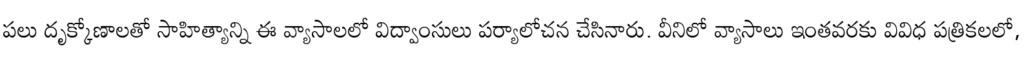
పలు దృక్కోణాలతో సాహిత్యాన్ని ఈ వ్యాసాలలో విద్వాంసులు పర్యాలోచన చేసినారు. వీనిలో వ్యాసాలు ఇంతవరకు వివిధ పత్రికలలో,